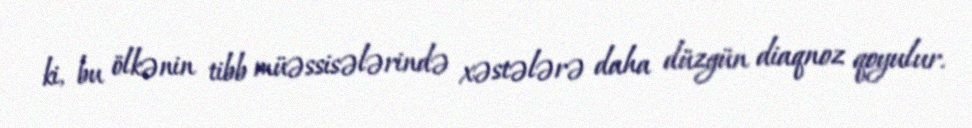
ki, bu ölkənin tibb müəssisələrində xəstələrə daha düzgün diaqnoz qoyulur.